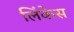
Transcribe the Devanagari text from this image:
लिंकेस